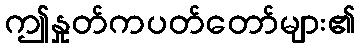
ဤနှုတ်ကပတ်တော်များ၏